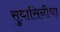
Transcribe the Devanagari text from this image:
सुवासिनीचा